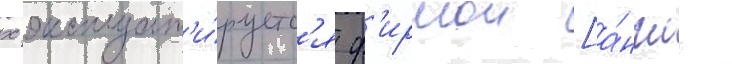
х эксплуат'и́руетс'я ф'ирмои [а́нгл.